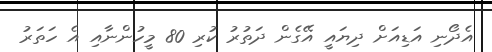
އެދޯނި އަޑިއަށް ދިޔައީ އޭގެން ދަތުރު ކުރި 80 މީހުންނާއި އެ ހަތަރު